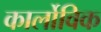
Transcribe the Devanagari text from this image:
कार्लोविक